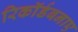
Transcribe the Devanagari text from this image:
रिकॉर्डबनाए